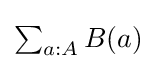
{\textstyle \sum _{a:A}B(a)}